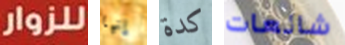
للزوار إنها كدة شائعات